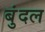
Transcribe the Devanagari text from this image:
बुंदल